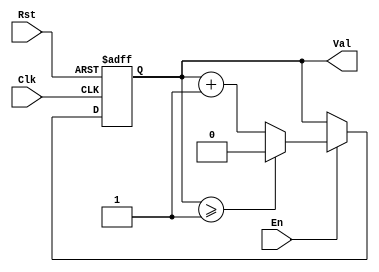
`timescale 1ns / 1ps
//////////////////////////////////////////////////////////////////////////////////
// Company: 
// Engineer: 
// 
// Design Name: 
// Module Name: Counter
// Project Name: 
// Target Devices: 
// Tool Versions: 
// Description: 
// 
// Dependencies: 
// 
// Revision:
// Revision 0.01 - File Created
// Additional Comments:
// 
//////////////////////////////////////////////////////////////////////////////////

module Counter #(parameter MAX_VAL = 1) (output reg [$clog2(MAX_VAL+1)-1:0] Val, input Clk, En, Rst);
    always@(negedge Clk, posedge Rst) begin
        if (Rst)
            Val <= 0;
        else if (En)
        begin
            if (Val >= MAX_VAL)
                Val <= 0;
            else
                Val <= Val + 1;
        end
    end
endmodule